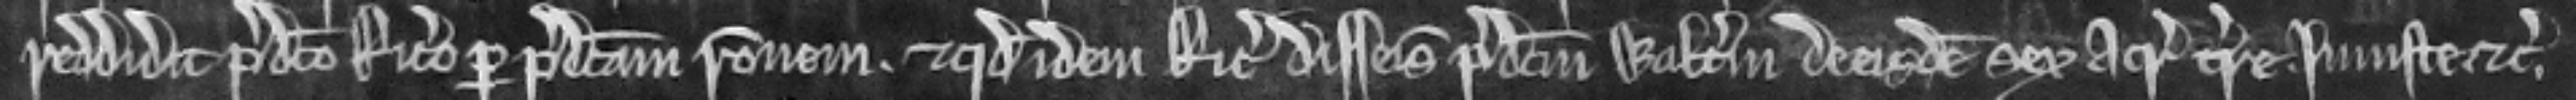
reddidit predicto Ricardo per predictam racionem et quod idem Ricardus disseisivit predictum Walterum de eisdem sex acris terre injuste etc.